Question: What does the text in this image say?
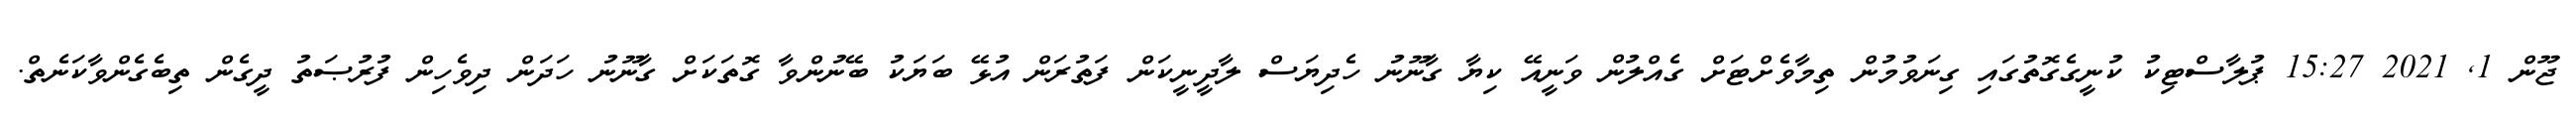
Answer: ޖޫން 1, 2021 15:27 ޕުލާސްޓިކު ކުނީގެގޮތުގައި ގިނަވުމުން ތިމާވެށްޓަށް ގެއްލުން ވަނީއޭ ކިޔާ ގާނޫނު ހެދިޔަސް ލާދީނީކަން ފަތުރަން އުޅޭ ބަޔަކު ބޭނުންވާ ގޮތަކަށް ގާނޫނު ހަދަން ދިވެހިން ފުރުޞަތު ދީގެން ތިބެގެންވާކަނެތް.